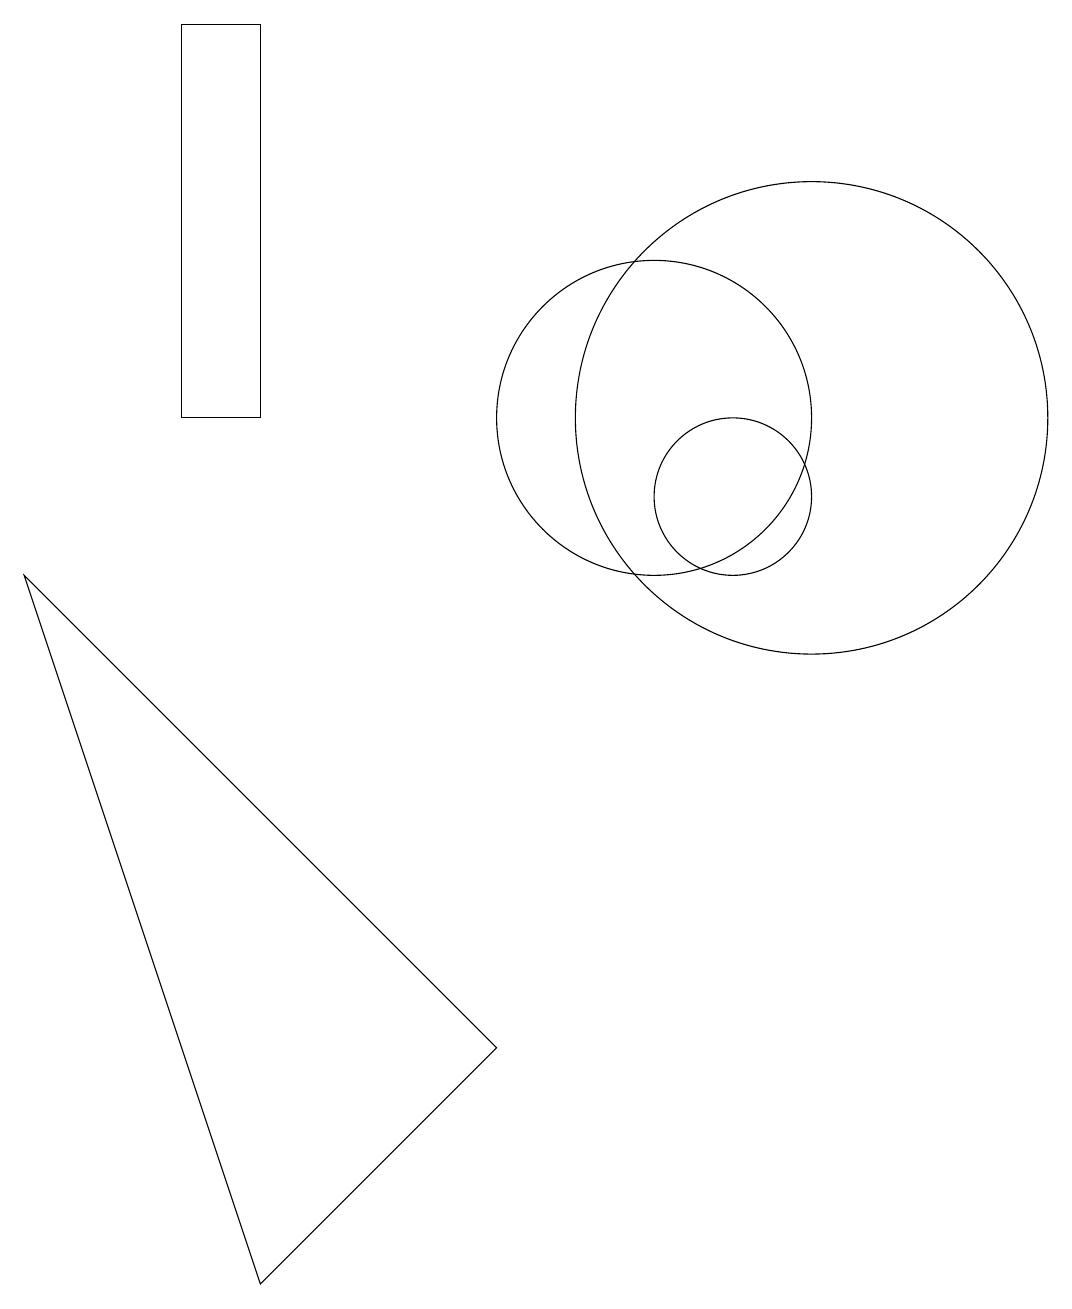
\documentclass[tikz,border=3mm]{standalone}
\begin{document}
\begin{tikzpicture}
\draw (11,10) circle (1);
\draw (5,11) rectangle (4,16);
\draw (12,11) circle (3);
\draw (10,11) circle (2);
\draw (12,11) circle (0);
\draw (5,0) -- (2,9) -- (8,3) -- cycle;
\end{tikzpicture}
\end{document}